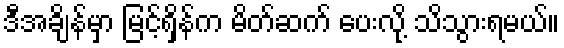
ဒီအချိန်မှာ မြင့်ရှိန်က မိတ်ဆက် ပေးလို့ သိသွားရမယ်။